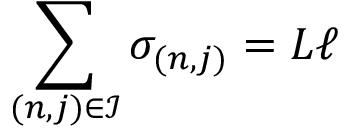
\sum _ { ( n , j ) \in \mathcal { I } } \sigma _ { ( n , j ) } = L \ell